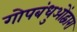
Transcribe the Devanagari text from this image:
गोपबंधुओंद्वारा